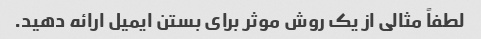
لطفاً مثالی از یک روش موثر برای بستن ایمیل ارائه دهید.